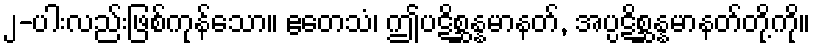
၂-ပါးလည်းဖြစ်ကုန်သော။ ဧတေသံ၊ ဤပဋိစ္ဆန္နမာနတ်, အပ္ပဋိစ္ဆန္နမာနတ်တို့ကို။